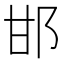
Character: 邯